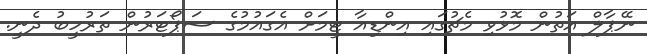
ނޭޕާލް އަތުން މޮޅުވި މެޗުގައި އިންޑިއާ ޓީމަށް އެގައުމުގެ ސަޕޯޓަރުން ތަރުހީބު ދެނީ.